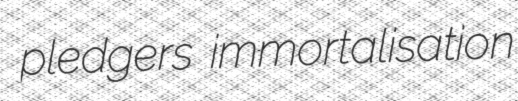
pledgers immortalisation